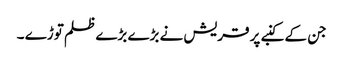
جن کے کنبے پر قریش نے بڑے بڑے ظلم توڑے ۔